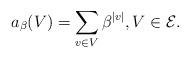
LaTeX: \begin{align*} a_\beta(V) = \sum_{v\in V}\beta^{|v|}, V\in{\cal E}. \end{align*}